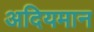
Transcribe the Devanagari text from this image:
अदियमान